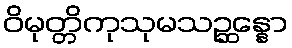
ဝိမုတ္တိကုသုမသဉ္ဆန္နော